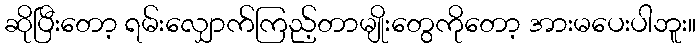
ဆိုပြီးတော့ ရမ်းလျှောက်ကြည့်တာမျိုးတွေကိုတော့ အားမပေးပါဘူး။